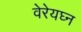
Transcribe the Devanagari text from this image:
वेरेयघ्न